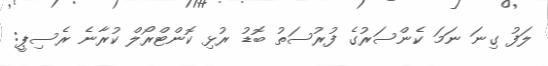
ލަފު ގިނަ ނަމަ ކެންސަރުގެ ފުރުސަތު ބޮޑު ރުޅި ކޮންޓްރޯލް ކުރާނެ ރެސިޕީ: